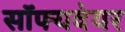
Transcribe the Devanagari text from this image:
सॉफ्यवेयर